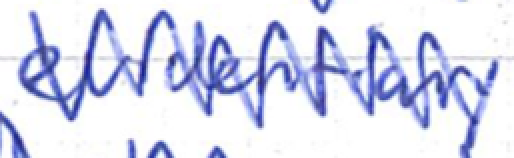
Text: evidentiary
Cross-out: zig-zag
Writing tool: ballpoint